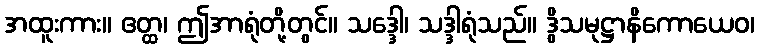
အထူးကား။ ဧတ္ထ၊ ဤအာရုံတို့တွင်။ သဒ္ဒေါ၊ သဒ္ဒါရုံသည်။ ဒွိသမုဋ္ဌာနိကောယေဝ၊